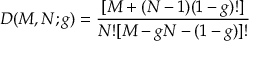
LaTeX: D ( M , N ; g ) = \frac { [ M + ( N - 1 ) ( 1 - g ) ! ] } { N ! [ M - g N - ( 1 - g ) ] ! }